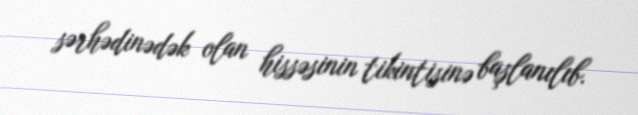
sərhədinədək olan hissəsinin tikintisinə başlanılıb.